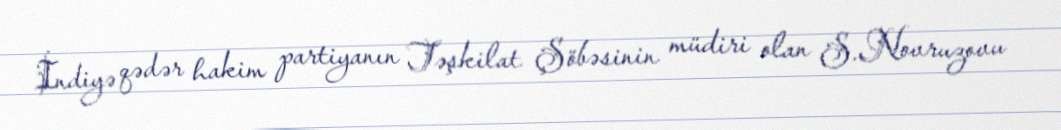
İndiyə qədər hakim partiyanın Təşkilat Şöbəsinin müdiri olan S.Novruzovu